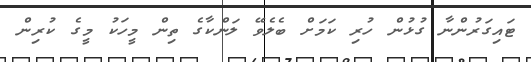
ޓައިގަރުންނާ ގުޅުން ހުރި ކަމަށް ބެލެވޭ ލަންކާގެ ތިން މީހަކު މީގެ ކުރިން